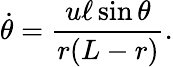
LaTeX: \dot{\theta}=\frac{u\ell\sin\theta}{r(L-r)}.